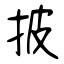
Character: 披